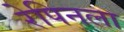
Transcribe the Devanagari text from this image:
रेपिनला